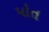
પોત